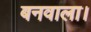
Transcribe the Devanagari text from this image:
बनवाला।